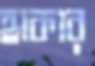
হাকার